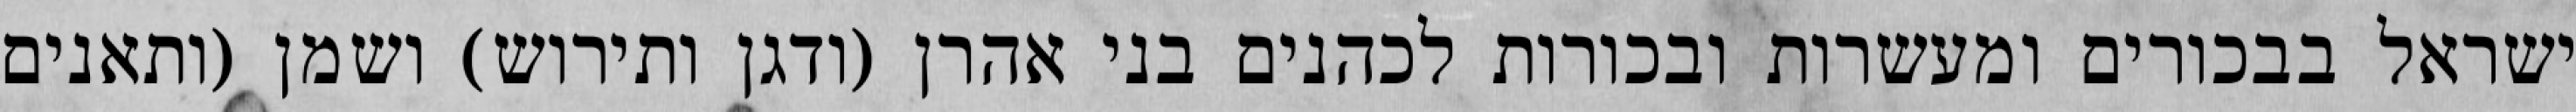
ישראל בבכורים ומעשרות ובכורות לכהנים בני אהרן (ודגן ותירוש) ושמן (ותאנים